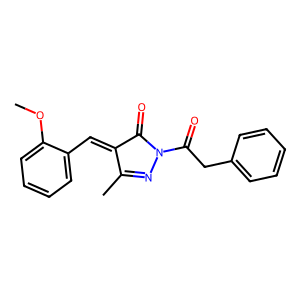
SMILES: COc1ccccc1C=C1C(=O)N(C(=O)Cc2ccccc2)N=C1C
Inhibits HIV replication: No